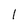
Character: l